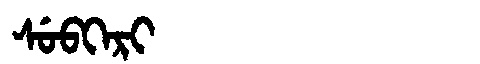
Manchu: ᠰᡠᠪᡴᡝᡵᡳ
Romanization: SUBKERI